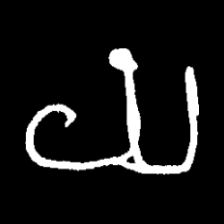
Pyu character \u2014 Myanmar letter: ယ (romanized: ya)